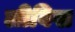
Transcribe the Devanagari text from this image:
लीविख